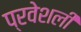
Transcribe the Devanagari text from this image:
प्रवेशली